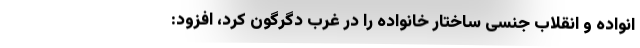
انواده و انقلاب جنسی ساختار خانواده را در غرب دگرگون کرد، افزود: